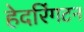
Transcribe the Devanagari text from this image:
हेदरिंगटन